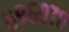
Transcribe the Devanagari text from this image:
६९६०७८